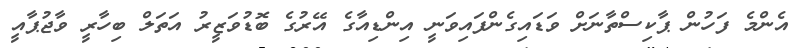
އެންމެ ފަހުން ޕާކިސްތާނަށް ވަޑައިގެންފައިވަނީ އިންޑިއާގެ އޭރުގެ ބޮޑުވަޒީރު އަތަލް ބިހާރީ ވާޖުޕާއީ